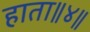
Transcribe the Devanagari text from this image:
हाता॥४॥